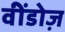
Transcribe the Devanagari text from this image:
वींडोज़